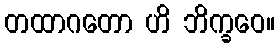
တထာဂတော ဟိ ဘိက္ခဝေ။